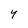
Character: 4